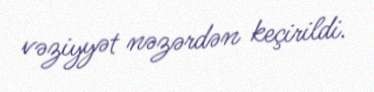
vəziyyət nəzərdən keçirildi.